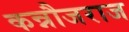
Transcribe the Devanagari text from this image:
कन्नौजराज